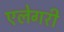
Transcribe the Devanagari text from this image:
एलेगरी